Report on vaccination proceedings throughout the Government of Bengal -
Year: 1868
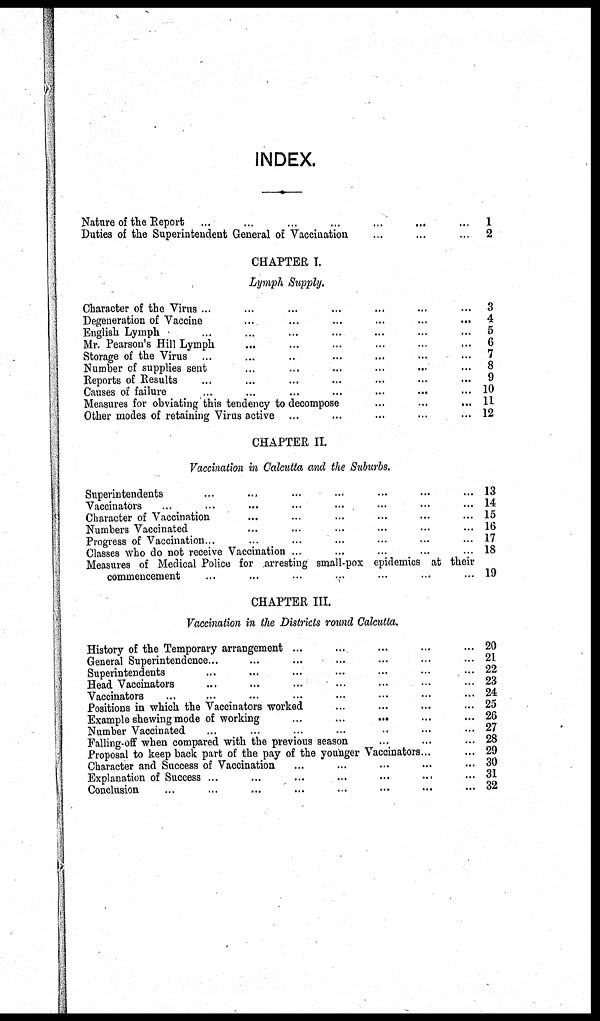
INDEX.
Nature of the Report ... ... ... ... ... ... ...
Duties of the Superintendent General of Vaccination
...
...
...
CHAPTER I.
Lymph Supply.
Character of the Virus ... ... ... ... ... ... ...
Degeneration of Vaccine ... ... ... ... ... ...
English Lymph ... ... ... ... ... ... ...
Mr. Pearson's Hill Lymph ... ... ... ... ... ...
Storage of the Virus ... ... ... ... ... ... ...
Number of supplies sent ... ... ... ... ... ...
Reports of Results ... ... ... ... ... ... ...
Causes of failure ... ... ... ... ... ... ...
Measures for obviating this tendency to decompose ... ... ...
Other modes of retaining Virus active ... ... ... ... ...
CHAPTER II.
Vaccination in Calcutta and the Suburbs.
Superintendents ... ... ... ... ... ... ...
Vaccinators ... ... ... ... ... ... ... ...
Character of Vaccination ... ... ... ... ... ...
Numbers Vaccinated ... ... ... ... ... ...
Progress of Vaccination. ... ... ... ... ... ...
Classes who do not receive Vaccination .. ... ... ... ...
Measures of Medical Police for arresting small-pox epidemics at their
commencement ... ... ... ... ... ... ...
CHAPTER III
Vaccination in the Districts round Calcutta.
History of the Temporary arrangement ... ... ... ... ...
General Superintendence... ... ... ... ... ... ...
Superintendents ... ... ... ... ... ... ...
Head Vaccinators ... ... ... ... ... ... ...
Vaccinators ... ... ... ... ... ... ... ...
Positions in which the Vaccinators worked ... ... ... ...
Example shewing mode of working
...
...
... ... ...
Number Vaccinated ... ... ... ... ... ... ...
Falling-off when compared with the previous season ... ... ...
Proposal to keep back part of the pay of the younger Vaccinators... ...
Character and Success of Vaccination ... ... ... ... ...
Explanation of Success ... ... ... ... ... ... ...
Conclusion
...
...
...
... ... ... ... ...
1
2
3
4
5
6
7
8
9
10
11
12
13
14
15
16
17
18
19
20
21
22
23
24
25
26
27
28
29
30
31
32